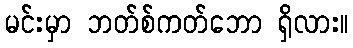
မင်းမှာ ဘတ်စ်ကတ်ဘော ရှိလား။